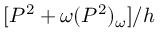
[ P ^ { 2 } + \omega ( P ^ { 2 } ) _ { \omega } ] / h